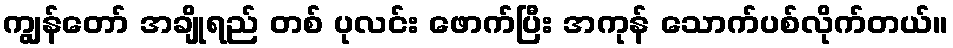
ကျွန်တော် အချိုရည် တစ် ပုလင်း ဖောက်ပြီး အကုန် သောက်ပစ်လိုက်တယ်။